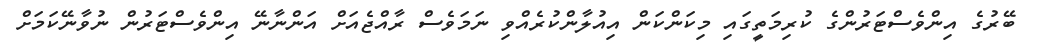
ބޭރުގެ އިންވެސްޓަރުންގެ ކުރިމަތީގައި މިކަންކަން އިއުލާންކުރެއްވި ނަމަވެސް ރާއްޖެއަށް އަންނާނޭ އިންވެސްޓަރުން ނުވާނޭކަމަށް